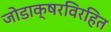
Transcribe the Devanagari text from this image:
जोडाक्षरविरहित